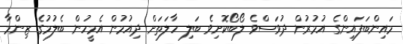
މައިންބަފައިންގެ އުމުރުން ދުވަސްވެ ލޯބޯކޮށިވެ ބަލި ހާލަތަށް ދިއުމުން އެމީހުން ބެލުމުގެ ޒިންމާ